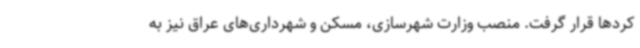
کردها قرار گرفت. منصب وزارت شهرسازی، مسکن و شهرداری‌های عراق نیز به